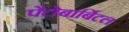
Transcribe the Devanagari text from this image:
पेंटोबार्बिटल